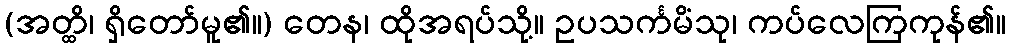
(အတ္ထိ၊ ရှိတော်မူ၏။) တေန၊ ထိုအရပ်သို့။ ဥပသင်္ကမိံသု၊ ကပ်လေကြကုန်၏။